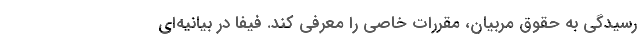
رسیدگی به حقوق مربیان، مقررات خاصی را معرفی کند. فیفا در بیانیه‌ای